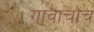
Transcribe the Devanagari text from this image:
गावाचाच